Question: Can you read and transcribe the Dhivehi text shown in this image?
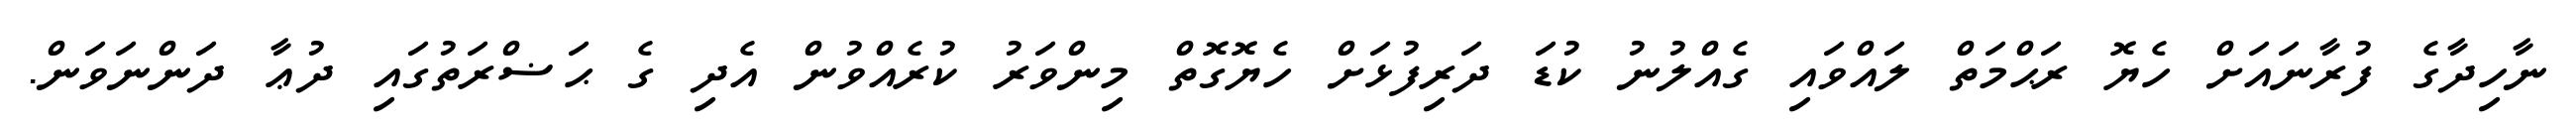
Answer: ނާހިދާގެ ފުރާނައަށް ހެޔޮ ރަޙްމަތް ލައްވައި ގެއްލުނު ކުޑަ ދަރިފުޅަށް ހެޔޮގޮތް މިންވަރު ކުރެއްވުން އެދި ގެ ޙަޟްރަތުގައި ދުޢާ ދަންނަވަން.